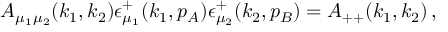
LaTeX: A _ { \mu _ { 1 } \mu _ { 2 } } ( k _ { 1 } , k _ { 2 } ) \epsilon _ { \mu _ { 1 } } ^ { + } ( k _ { 1 } , p _ { A } ) \epsilon _ { \mu _ { 2 } } ^ { + } ( k _ { 2 } , p _ { B } ) = A _ { + + } ( k _ { 1 } , k _ { 2 } ) \, ,